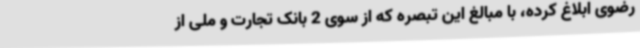
رضوی ابلاغ کرده، با مبالغ این تبصره که از سوی 2 بانک تجارت و ملی از